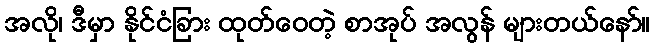
အလို၊ ဒီမှာ နိုင်ငံခြား ထုတ်ဝေတဲ့ စာအုပ် အလွန် များတယ်နော်။